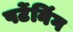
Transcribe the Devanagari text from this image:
पर्टेनिंग